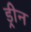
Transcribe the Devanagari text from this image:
ड्रीन